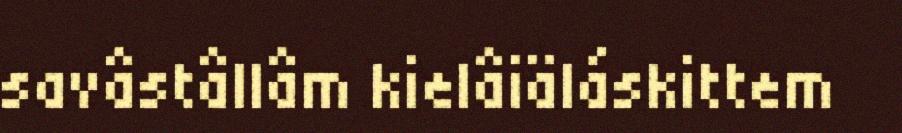
savâstâllâm kielâiäláskittem